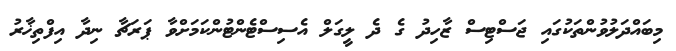
މިބައްދަލުވުންތަކުގައި ޖަސްޓިސް ޒާހިދު ގެ ދެ ލީގަލް އެސިސްޓެންޓުންކަމަށްވާ ޕަރަޗާ ނިދާ އިފްތިޚާރު